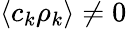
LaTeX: \langle c_{k}\rho_{k}\rangle\neq 0